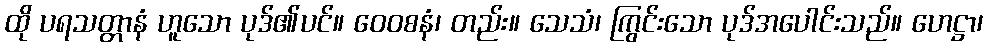
ထို ပရသတ္တာနံ ဟူသော ပုဒ်၏ပင်။ ဝေဝစနံ၊ တည်း။ သေသံ၊ ကြွင်းသော ပုဒ်အပေါင်းသည်။ ဟေဋ္ဌာ၊